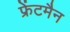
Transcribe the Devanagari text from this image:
फ्रेंटमैन